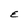
Character: E